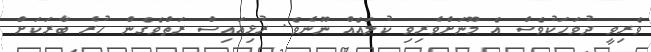
ވެރިވީ ދުވަހަކުވެސް އެ މޫނަށްވެރިވި ކުލައެއް ނޫނެވެ. ރުޅިއައިސް ރަތްވެގެން ހުރެ ބާރަކަށް